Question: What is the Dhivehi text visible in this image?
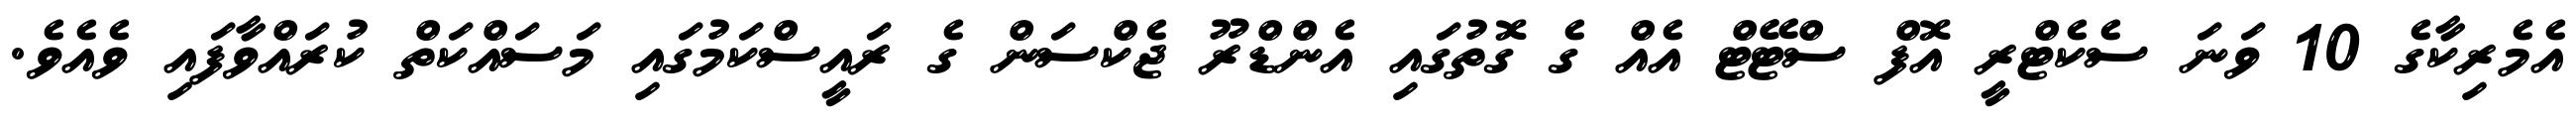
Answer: އެމެރިކާގެ 10 ވަނަ ސެކެޓްރީ އޮފް ސްޓޭޓް އެއް ގެ ގޮތުގައި އެންޑްރޫ ޖެކްސަން ގެ ރައީސްކަމުގައި މަސައްކަތް ކުރައްވާފައި ވެއެވެ.